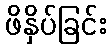
ဖိနှိပ်ခြင်း